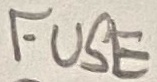
Text: FUSE